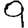
Digit: 9